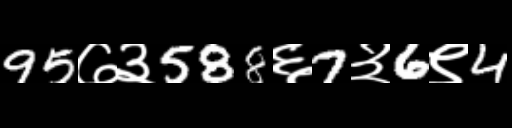
Text: 95७३588६7३6९4